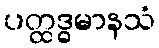
ပတ္ထဒ္ဓမာနသံ